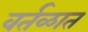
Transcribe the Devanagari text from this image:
वर्तळात